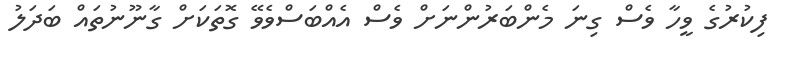
ފިކުރުގެ ވީހާ ވެސް ގިނަ މެންބަރުންނަށް ވެސް އެއްބަސްވެވޭ ގޮތަކަށް ގާނޫނުތައް ބަދަލު